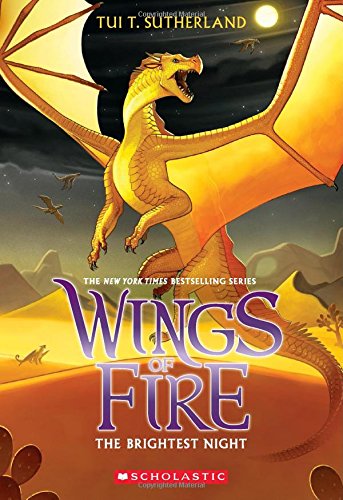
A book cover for Wings of Fire Book Five: The Brightest Night; Tui T. Sutherland; Children's Books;